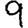
Digit: 9